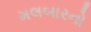
મલબારનો